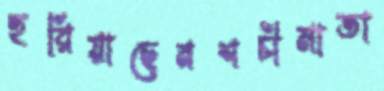
হরিয়াছেনশচীমাতা